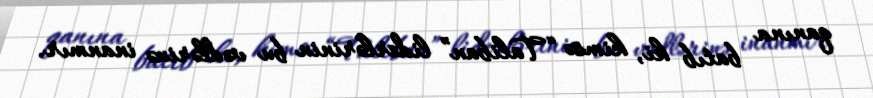
qanına batıb ki, kimsə “Taliban” liderlərinin bu vədlərinə inanmır.